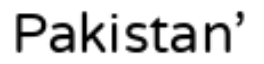
Pakistan'